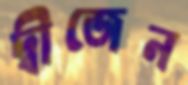
দ্বীজেন